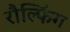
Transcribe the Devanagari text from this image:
रौल्फिंग